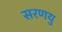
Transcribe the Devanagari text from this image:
सरणयु